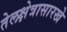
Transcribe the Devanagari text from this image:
तेलक्षेत्रासारखे